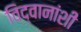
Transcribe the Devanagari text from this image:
विद्वानांशी